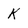
Character: K